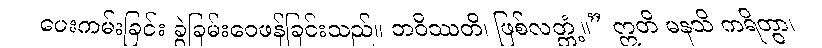
ပေးကမ်းခြင်း ခွဲခြမ်းဝေဖန်ခြင်းသည်။ ဘဝိဿတိ၊ ဖြစ်လတ္တံ့။” ဣတိ မနသိ ကရိတွာ၊